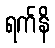
ရက်နိ